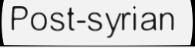
Post-syrian